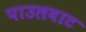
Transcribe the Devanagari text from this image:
पाउलवाट